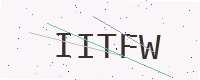
Text: IITFW